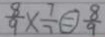
\frac { 8 } { 9 } \times \frac { 7 } { 7 } \textcircled { = } \frac { 8 } { 9 }